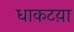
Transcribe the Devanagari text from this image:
धाकटय़ा